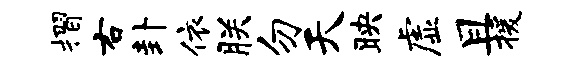
摺右卦依朕勿天映虚且援